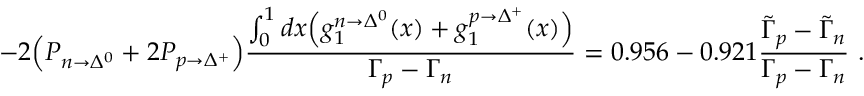
- 2 \Big ( P _ { n \rightarrow \Delta ^ { 0 } } + 2 P _ { p \rightarrow \Delta ^ { + } } \Big ) \frac { \int _ { 0 } ^ { 1 } d x \Big ( g _ { 1 } ^ { n \rightarrow \Delta ^ { 0 } } ( x ) + g _ { 1 } ^ { p \rightarrow \Delta ^ { + } } ( x ) \Big ) } { \Gamma _ { p } - \Gamma _ { n } } = 0 . 9 5 6 - 0 . 9 2 1 \frac { \tilde { \Gamma } _ { p } - \tilde { \Gamma } _ { n } } { \Gamma _ { p } - \Gamma _ { n } } \ .